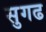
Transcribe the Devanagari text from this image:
सुगढ